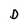
Character: D